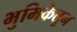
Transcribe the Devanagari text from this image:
भुमिकेतून